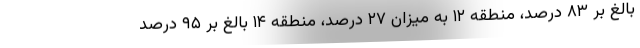
بالغ بر ۸۳ درصد، منطقه ۱۲ به میزان ۲۷ درصد، منطقه ۱۴ بالغ بر ۹۵ درصد